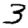
Digit: 3